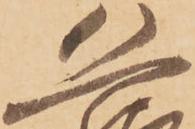
恐